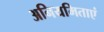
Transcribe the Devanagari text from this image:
अनियमिताएं